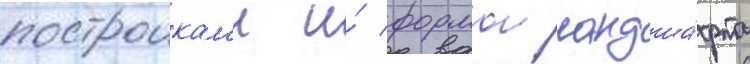
построикам'и и́ формои ландша́фта